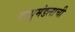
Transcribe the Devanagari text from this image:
वायुमंडलाची